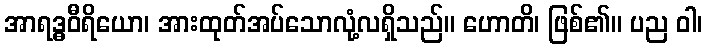
အာရဒ္ဓဝီရိယော၊ အားထုတ်အပ်သောလုံ့လရှိသည်။ ဟောတိ၊ ဖြစ်၏။ ပည ဝါ၊